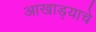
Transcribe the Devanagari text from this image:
आखाड्याचे